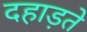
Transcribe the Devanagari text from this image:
दहाड़ते